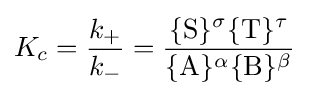
K_{c}={\frac {k_{+}}{k_{-}}}={\frac {\{{\ce {S}}\}^{\sigma }\{{\ce {T}}\}^{\tau }}{\{{\ce {A}}\}^{\alpha }\{{\ce {B}}\}^{\beta }}}